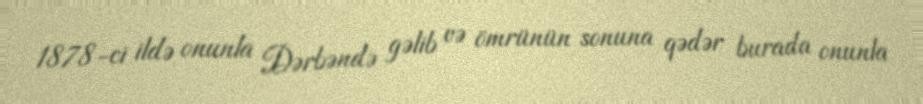
1878-ci ildə onunla Dərbəndə gəlib və ömrünün sonuna qədər burada onunla